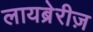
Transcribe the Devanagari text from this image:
लायब्रेरीज़